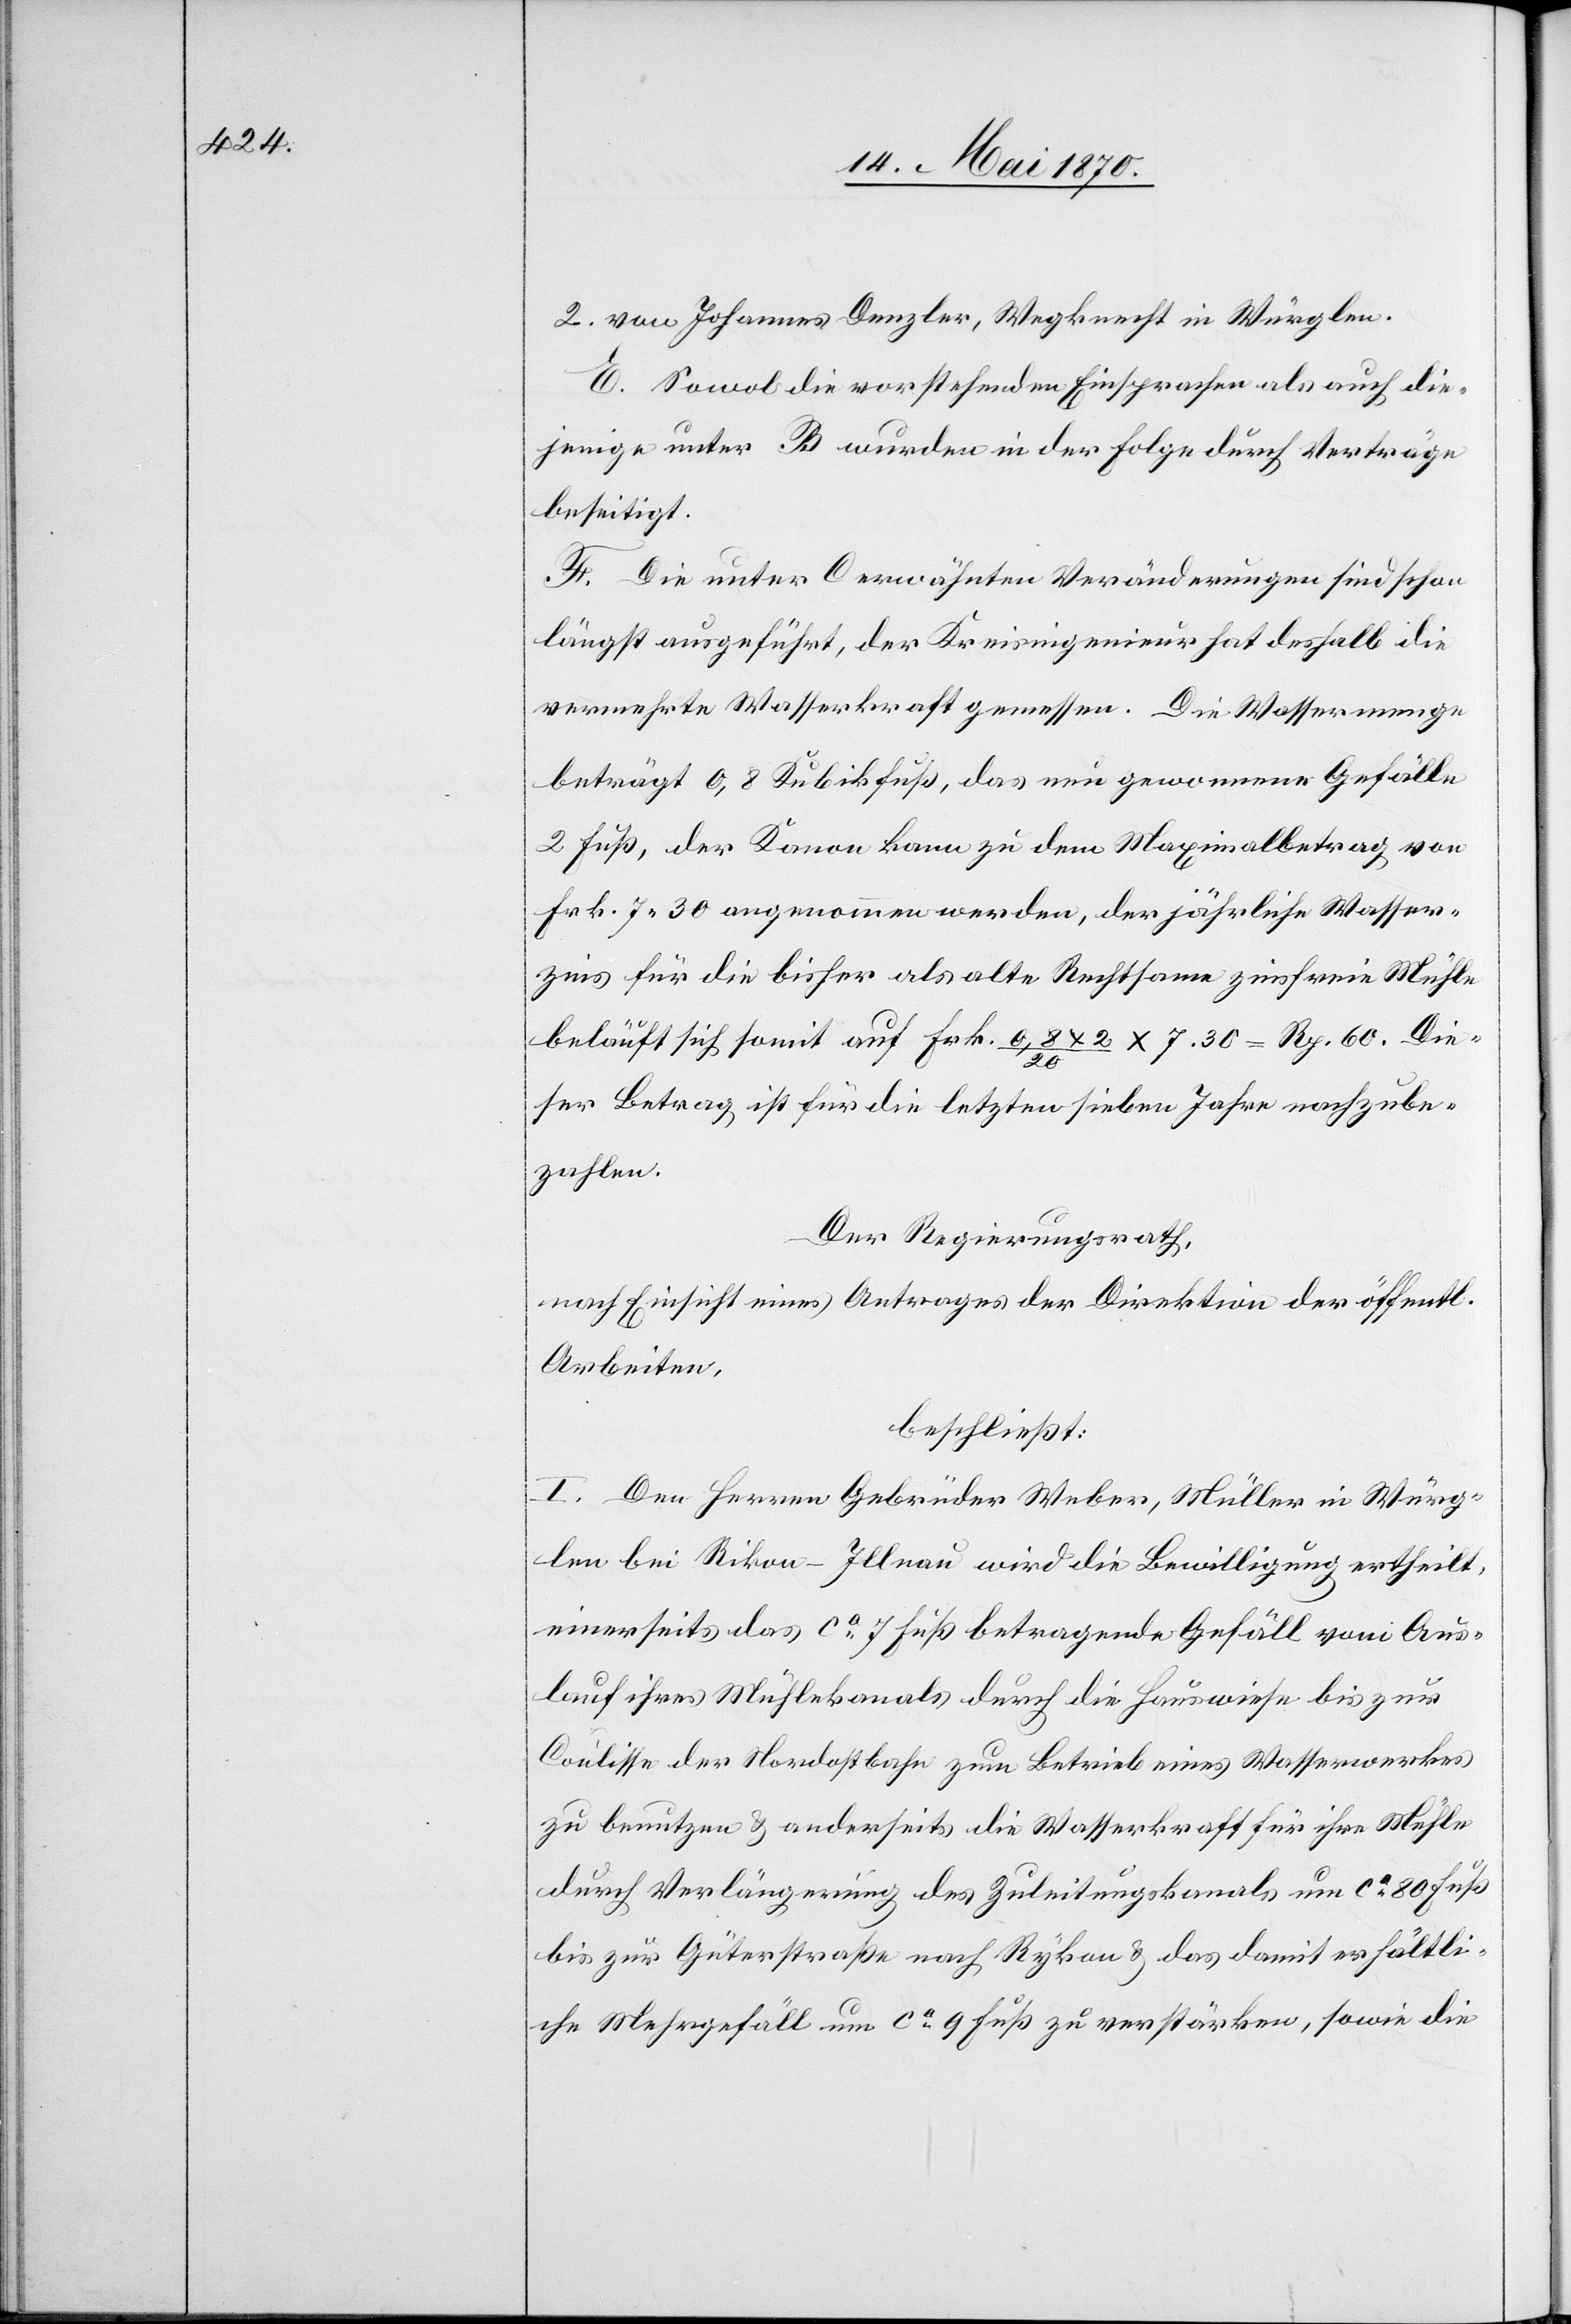
2. von Johannes Denzler, Wegknecht in Würglen.
E. Sowol die vorstehenden Einsprachen als auch die¬
jenige unter B wurden in der Folge durch Verträge
beseitigt.
F. Die unter C erwähnten Veränderungen sind schon
längst ausgeführt, der Kreisingenieur hat deshalb die
vermehrte Wasserkraft gemessen. Die Wassermenge
beträgt 0,8 Kubikfuß, das neu gewonnene Gefälle
2 Fuß, der Kanon kann zu dem Maximalbetrag von
Frk. 7.30 angenommen werden, der jährliche Wasser¬
zins für die bisher als alte Rechtsame zinsfreie Mühle
beläuft sich somit auf Frk. 9,8 x 2/20 x 7.30 = Rp. 60. Die¬
ser Betrag ist für die letzten sieben Jahre nachzube¬
zahlen.
Der Regierungsrath,
nach Einsicht eines Antrages der Direktion der öffentl.
Arbeiten,
beschließt:
I. Den Herren Gebrüder Weber, Müller in Würg¬
len bei Rikon - Illnau[,] wird die Bewilligung ertheilt,
einerseits das ca 7 Fuß betragende Gefäll vom Aus¬
lauf ihres Mühlekanals durch die Hauswiese bis zur
Coulisse der Nordostbahn zum Betrieb eines Wasserwerkes
zu benutzen & anderseits die Wasserkraft für ihre Mühle
durch Verlängerung des Zuleitungskanals um ca 80 Fuß
bis zur Güterstraße nach Rykon & das damit erhältli¬
che Mehrgefäll um ca 9 Fuß zu verstärken, sowie die